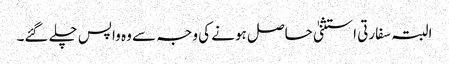
البتہ سفارتی استثنیٰ حاصل ہونے کی وجہ سے وہ واپس چلے گئے۔